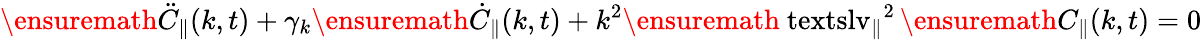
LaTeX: \ensuremath{\ddot{C}_{\parallel}}(k,t)+\gamma_{k}\ensuremath{\dot{C}_{\parallel}}(k,t)+k^{2}\ensuremath{\mathrm{\ textsl{v}}_{\parallel}}^{2}\, \ensuremath{C_{\parallel}}(k,t)=0